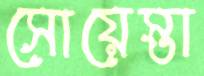
সোয়েস্তা